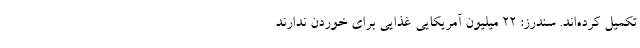
تکمیل کرده‌اند. سندرز: ۲۲ میلیون آمریکایی غذایی برای خوردن ندارند